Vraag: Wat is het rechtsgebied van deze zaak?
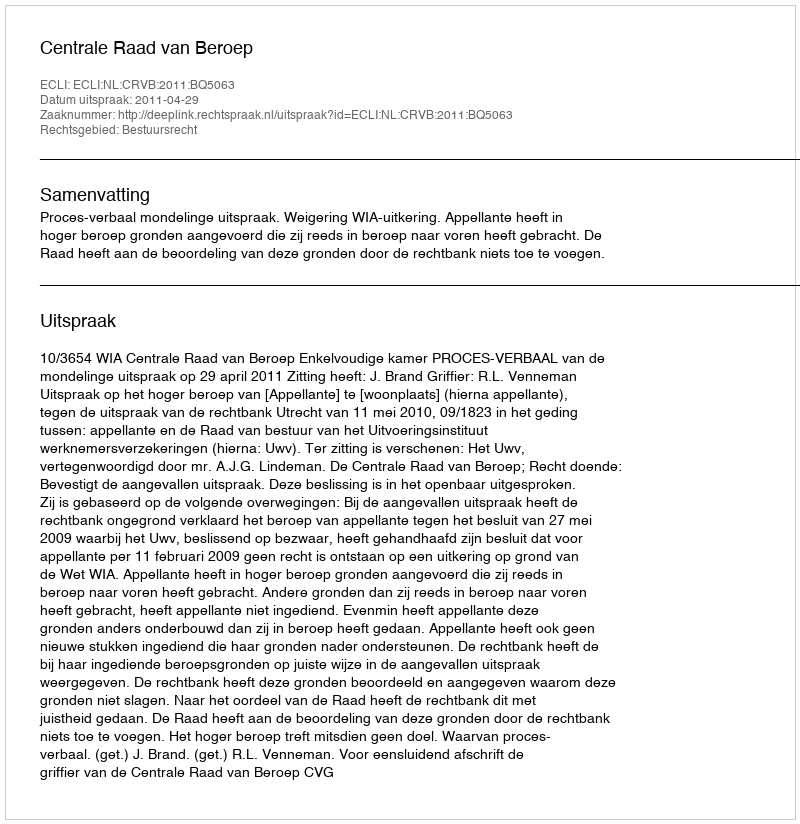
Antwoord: Bestuursrecht